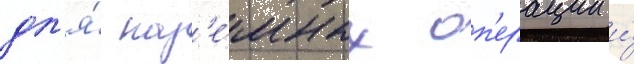
дл'я́ наз'е́мных оп'ерации и́